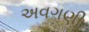
અવગણી